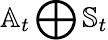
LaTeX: \mathbb{A}_{t}\bigoplus\mathbb{S}_{t}